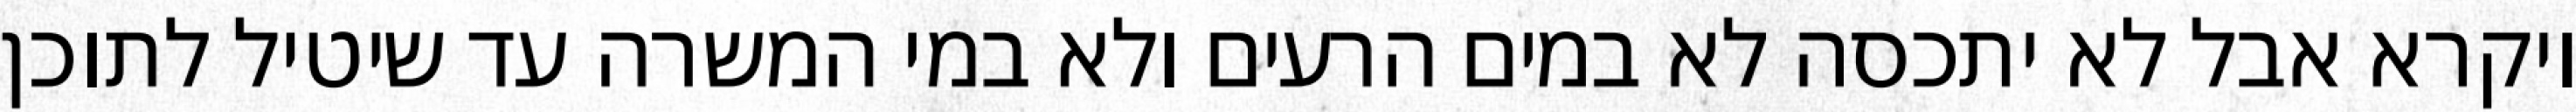
ויקרא אבל לא יתכסה לא במים הרעים ולא במי המשרה עד שיטיל לתוכן